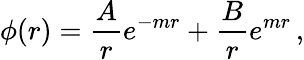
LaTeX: \phi(r)=\frac Are^{-mr}+\frac Bre^{mr}\, ,